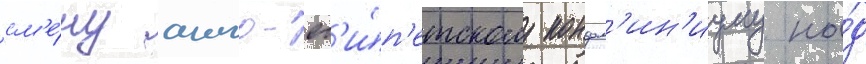
см'е́ну англо-ег'и́п'етскому кондом'ин'иуму на́д